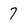
Character: 7